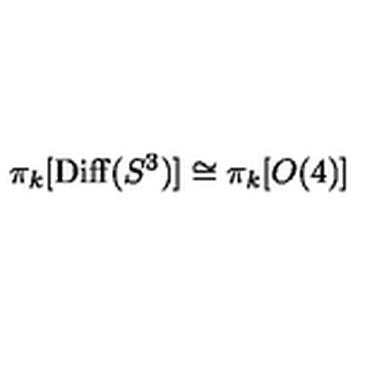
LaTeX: \pi _ { k } [ \mathrm { D i f f } ( S ^ { 3 } ) ] \cong \pi _ { k } [ O ( 4 ) ]